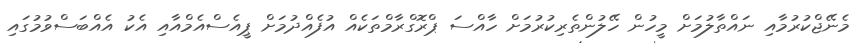
މެނޭޖްކުރުމާއި ނައްތާލުމަށް މީހުން ހޭލުންތެރިކުރުމަށް ހާއްސަ ޕްރޮގްރާމްތަކެއް އުފެއްދުމަށް ޕީއެސްއެމްއާއި އެކު އެއްބަސްވުމުގައި